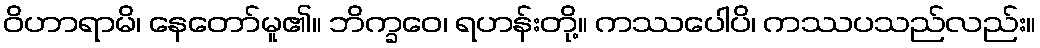
ဝိဟာရာမိ၊ နေတော်မူ၏။ ဘိက္ခဝေ၊ ရဟန်းတို့။ ကဿပေါပိ၊ ကဿပသည်လည်း။